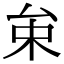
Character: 𠫩